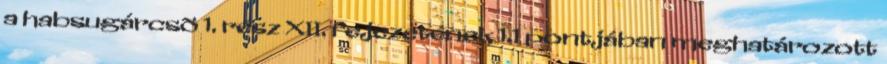
a habsugárcsõ 1. rész XII. fejezetének 1.1 pontjában meghatározott